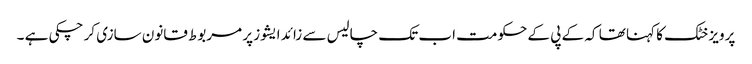
پرویز خٹک کا کہنا تھا کہ کے پی کے حکومت اب تک چالیس سے زائد ایشوز پر مربوط قانون سازی کر چکی ہے ۔